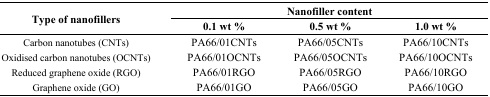
| <ROWSPAN=2> Type of nanofillers | <COLSPAN=3> Nanofiller content |
 | 0.1 wt % | 0.5 wt % | 1.0 wt % |
 | --- | --- | --- | --- |
 | Carbon nanotubes (CNTs) | PA66/01CNTs | PA66/05CNTs | PA66/10CNTs |
 | Oxidised carbon nanotubes (OCNTs) | PA66/01OCNTs | PA66/05OCNTs | PA66/10OCNTs |
 | Reduced graphene oxide (RGO) | PA66/01RGO | PA66/05RGO | PA66/10RGO |
 | Graphene oxide (GO) | PA66/01GO | PA66/05GO | PA66/10GO |